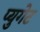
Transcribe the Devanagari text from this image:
प्युगेट